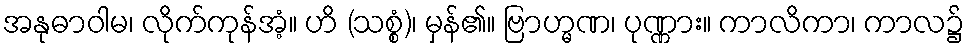
အနုဓာဝါမ၊ လိုက်ကုန်အံ့။ ဟိ (သစ္စံ)၊ မှန်၏။ ဗြာဟ္မဏ၊ ပုဏ္ဏား။ ကာလိကာ၊ ကာလ၌